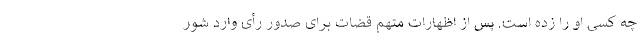
چه کسی او را زده است. پس از اظهارات متهم قضات برای صدور رأی وارد شور